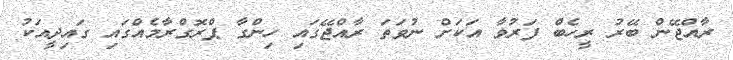
ރާއްޖޭން ބޭރު ރީހެބް ފަރުވާ އަކަށް ނުވަތަ ރާއްޖޭގައި ހިންގާ ޕްރޮގްރާމެއްގައި ގައިދީއަކު